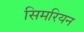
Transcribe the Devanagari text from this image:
सिमरियन